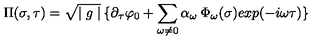
\Pi ( \sigma , \tau ) = \sqrt { \mid g \mid } \: \{ \partial _ { \tau } \varphi _ { 0 } + \sum _ { \omega \neq 0 } \alpha _ { \omega } \: \Phi _ { \omega } ( \sigma ) e x p ( - i \omega \tau ) \}